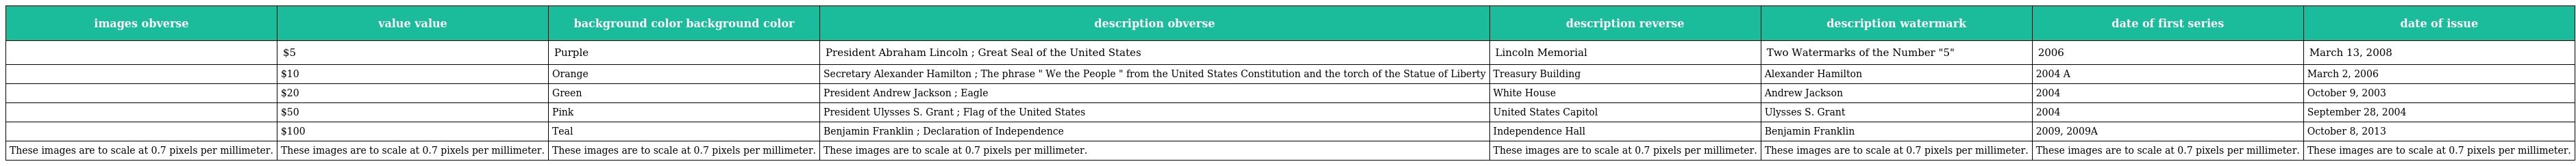
| images obverse | value value | background color background color | description obverse | description reverse | description watermark | date of first series | date of issue |
 | --- | --- | --- | --- | --- | --- | --- | --- |
 |  | $5 | Purple | President Abraham Lincoln ; Great Seal of the United States | Lincoln Memorial | Two Watermarks of the Number "5" | 2006 | March 13, 2008 |
 |  | $10 | Orange | Secretary Alexander Hamilton ; The phrase " We the People " from the United States Constitution and the torch of the Statue of Liberty | Treasury Building | Alexander Hamilton | 2004 A | March 2, 2006 |
 |  | $20 | Green | President Andrew Jackson ; Eagle | White House | Andrew Jackson | 2004 | October 9, 2003 |
 |  | $50 | Pink | President Ulysses S. Grant ; Flag of the United States | United States Capitol | Ulysses S. Grant | 2004 | September 28, 2004 |
 |  | $100 | Teal | Benjamin Franklin ; Declaration of Independence | Independence Hall | Benjamin Franklin | 2009, 2009A | October 8, 2013 |
 | These images are to scale at 0.7 pixels per millimeter. | These images are to scale at 0.7 pixels per millimeter. | These images are to scale at 0.7 pixels per millimeter. | These images are to scale at 0.7 pixels per millimeter. | These images are to scale at 0.7 pixels per millimeter. | These images are to scale at 0.7 pixels per millimeter. | These images are to scale at 0.7 pixels per millimeter. | These images are to scale at 0.7 pixels per millimeter. |